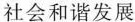
社会和谐发展